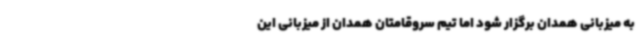
به میزبانی همدان برگزار شود اما تیم سروقامتان همدان از میزبانی این